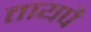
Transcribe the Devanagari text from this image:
तायपै